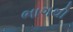
ભાગથી